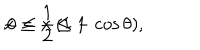
x = \frac { 1 } { 2 } ( 1 - \cos \theta ) , \hspace { . 3 i n } 0 \leq x \leq 1